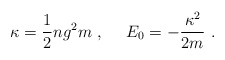
\begin{align*}\kappa= \frac{1}{2} ng^{2}m \ , \ \ \ \ E_{0}=-\frac{\kappa^{2}}{2m} \ .\end{align*}